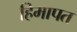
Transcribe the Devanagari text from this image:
हिमापत